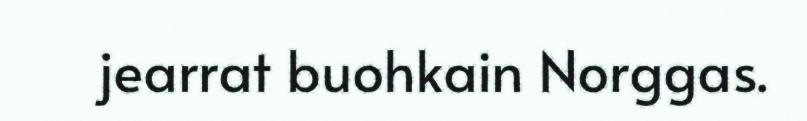
jearrat buohkain Norggas.